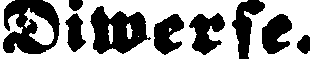
Diwerse.